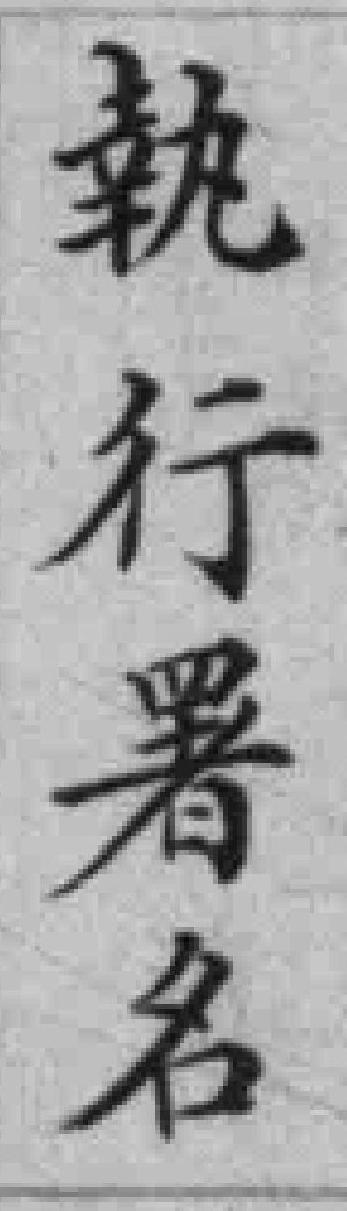
執行署名